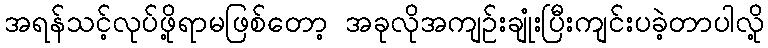
အရန်သင့်လုပ်ဖို့ရာမဖြစ်တော့ အခုလိုအကျဉ်းချုံးပြီးကျင်းပခဲ့တာပါလို့